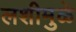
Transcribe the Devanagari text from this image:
लशीमुळे